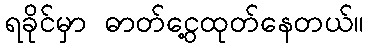
ရခိုင်မှာ ဓာတ်ငွေ့ထုတ်နေတယ်။